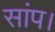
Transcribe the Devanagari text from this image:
सांप।